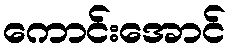
ကောင်းအောင်